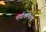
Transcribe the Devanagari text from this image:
पर्यावरणाच